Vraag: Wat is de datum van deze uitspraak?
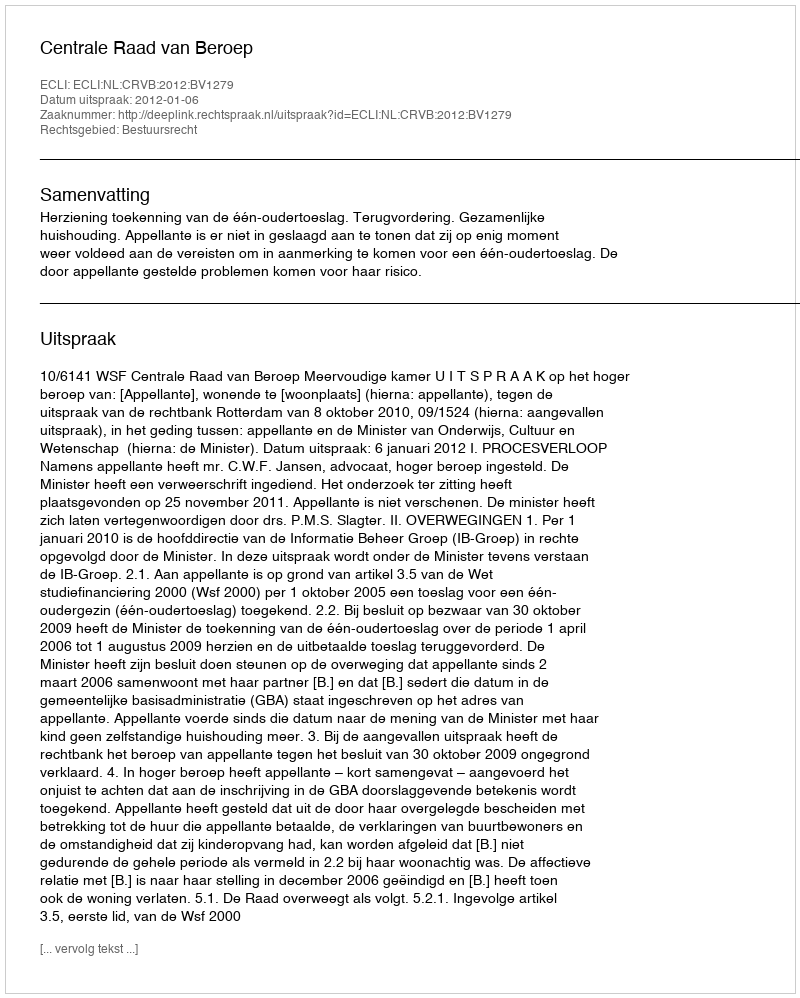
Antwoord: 2012-01-06